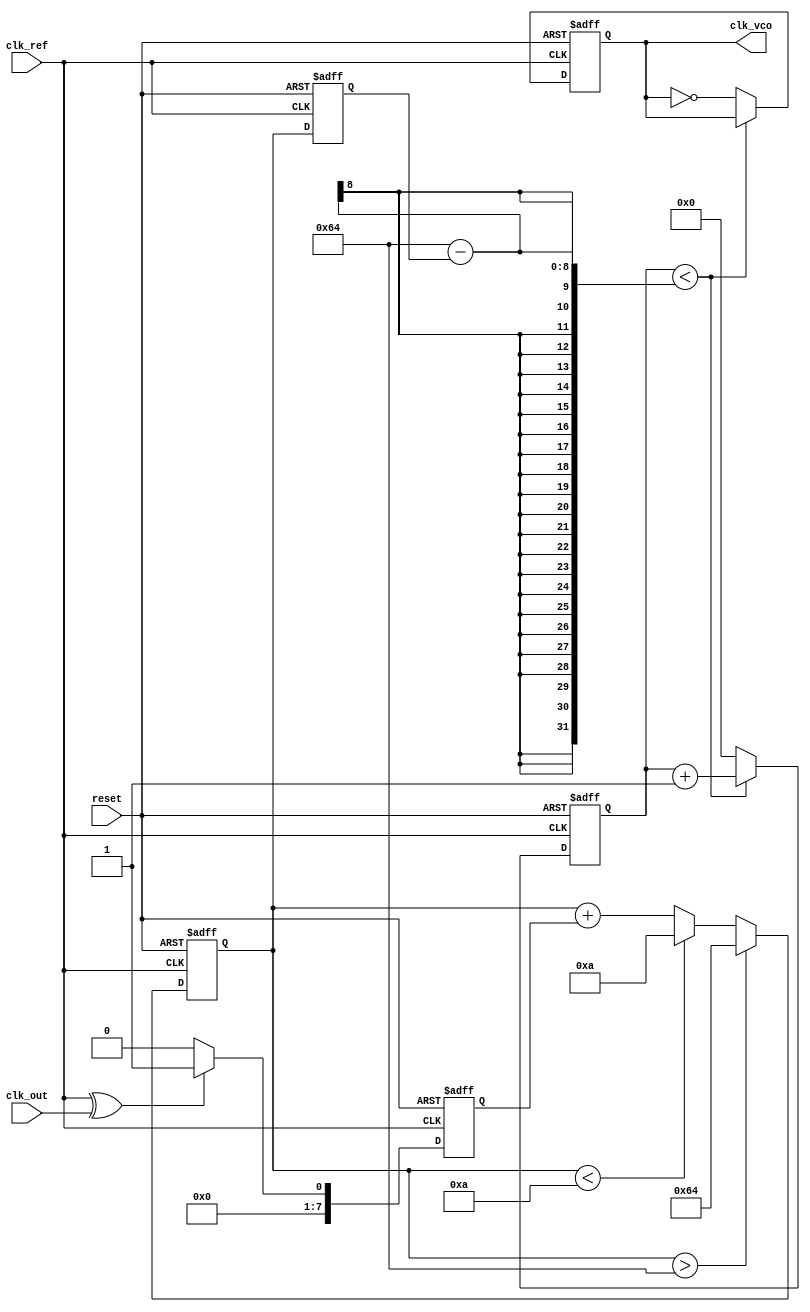
module pll (
    input wire clk_ref,         // Reference clock input
    input wire clk_out,         // Output clock feedback
    input wire reset,           // Reset signal
    output reg clk_vco          // VCO output clock
);

// Parameters
parameter PHASE_DETECTOR_WIDTH = 8; // Width of phase detector output
parameter LOOP_FILTER_WIDTH = 8;     // Width of loop filter output
parameter VCO_MAX_FREQ = 100;         // Maximum frequency for VCO
parameter VCO_MIN_FREQ = 10;          // Minimum frequency for VCO

// Internal signals
reg [PHASE_DETECTOR_WIDTH-1:0] phase_error; // Phase error signal
reg [LOOP_FILTER_WIDTH-1:0] control_voltage; // Control voltage for VCO
reg [7:0] vco_counter;                    // VCO frequency counter
reg [7:0] vco_freq;                       // Current VCO frequency

// Phase Detector
always @(posedge clk_ref or posedge reset) begin
    if (reset) begin
        phase_error <= 0;
    end else begin
        // Simple phase detector logic (XOR for leading/lagging detection)
        phase_error <= (clk_ref ^ clk_out) ? 1 : 0;
    end
end

// Loop Filter (Simple first-order filter)
always @(posedge clk_ref or posedge reset) begin
    if (reset) begin
        control_voltage <= 0;
    end else begin
        // Simple integration of phase error
        control_voltage <= control_voltage + phase_error;
        // Clamp control voltage to prevent overflow
        if (control_voltage > VCO_MAX_FREQ) begin
            control_voltage <= VCO_MAX_FREQ;
        end else if (control_voltage < VCO_MIN_FREQ) begin
            control_voltage <= VCO_MIN_FREQ;
        end
    end
end

// Voltage-Controlled Oscillator (VCO)
always @(posedge clk_ref or posedge reset) begin
    if (reset) begin
        vco_counter <= 0;
        clk_vco <= 0;
        vco_freq <= VCO_MIN_FREQ; // Start at minimum frequency
    end else begin
        // Adjust VCO frequency based on control voltage
        vco_freq <= control_voltage;

        // Generate VCO output clock based on frequency
        if (vco_counter < (100 - vco_freq)) begin
            vco_counter <= vco_counter + 1;
        end else begin
            clk_vco <= ~clk_vco; // Toggle output clock
            vco_counter <= 0;     // Reset counter
        end
    end
end

endmodule